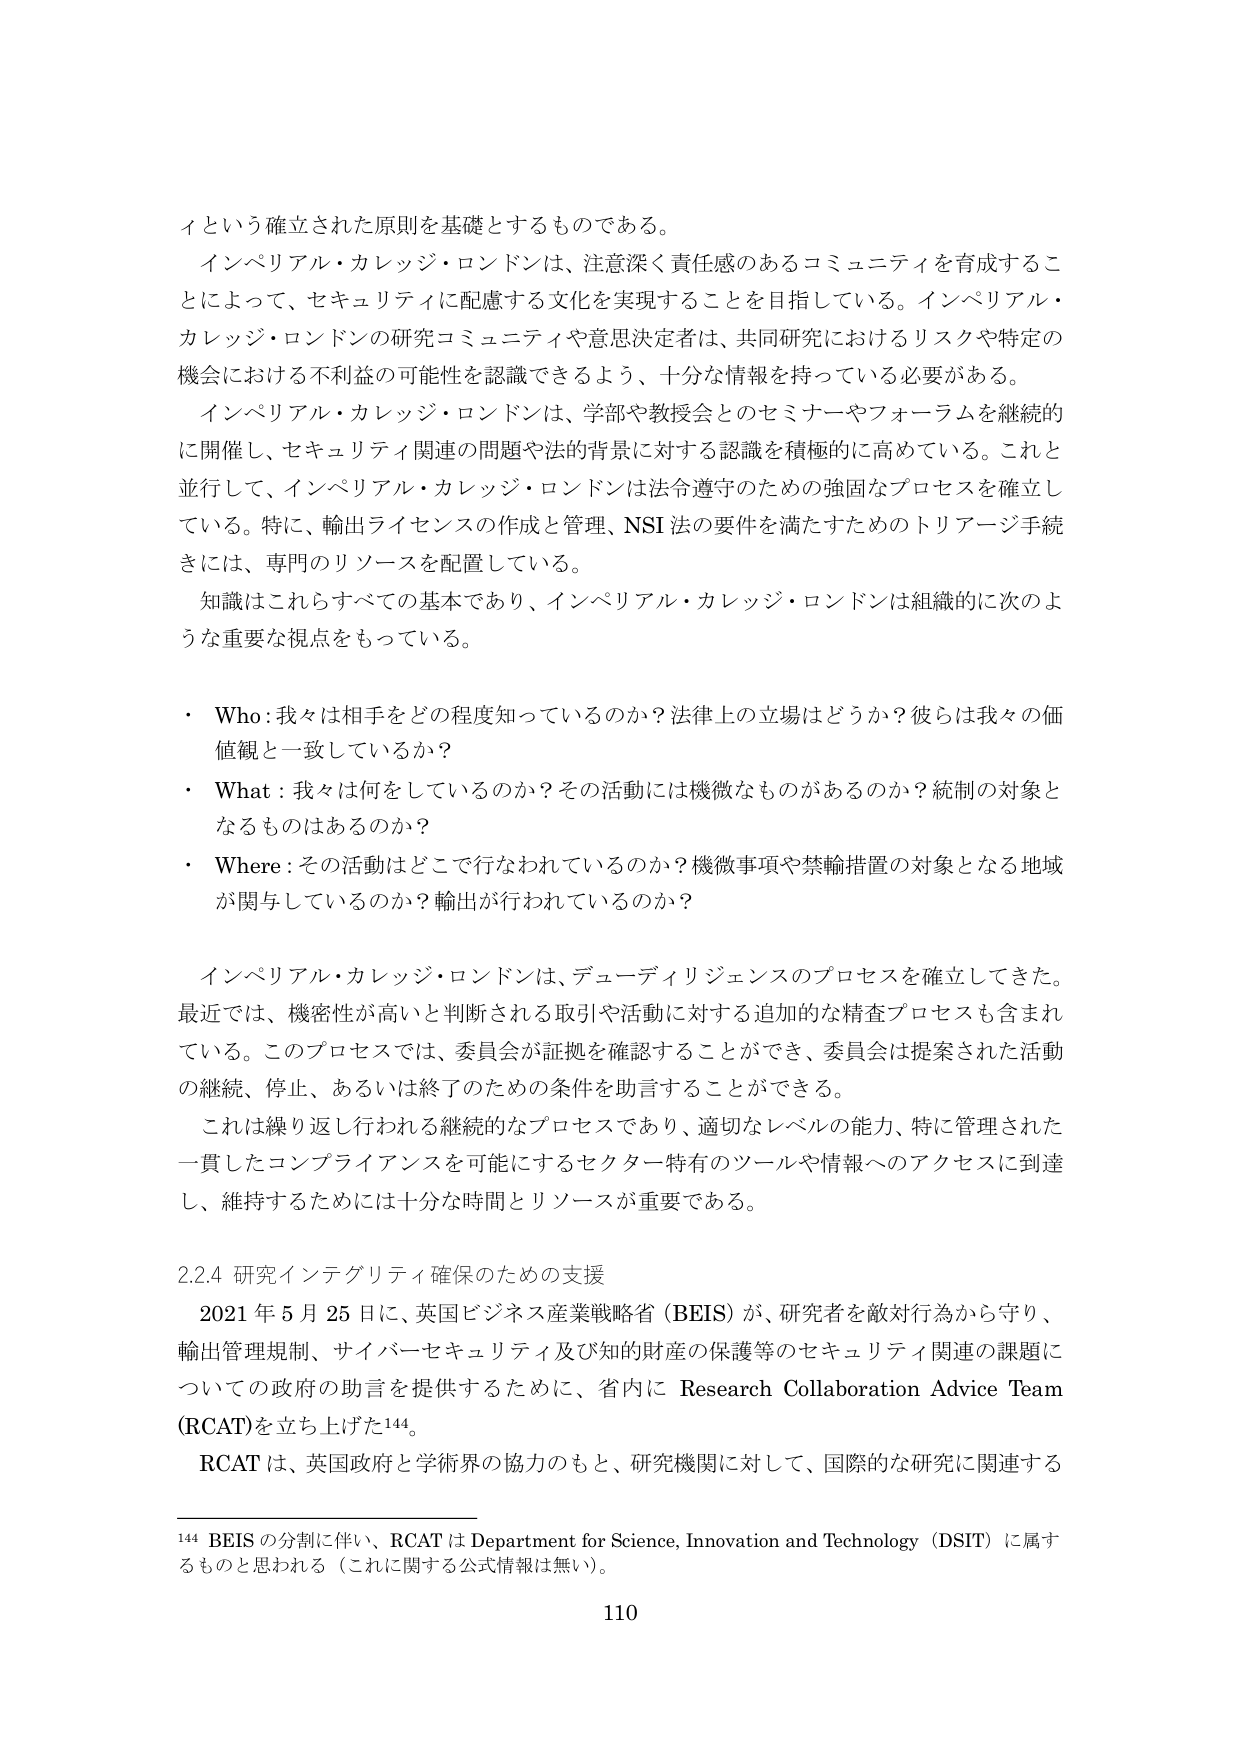
イという確立された原則を基礎とするものである。

インペリアル・カレッジ・ロンドンは、注意深く責任感のあるコミュニティを育成することによって、セキュリティに配慮する文化を実現することを目指している。インペリアル・カレッジ・ロンドンの研究コミュニティや意思決定者は、共同研究におけるリスクや特定の機会における不利益の可能性を認識できるよう、十分な情報を持っている必要がある。

インペリアル・カレッジ・ロンドンは、学部や教授会とのセミナーやフォーラムを継続的に開催し、セキュリティ関連の問題や法的背景に対する認識を積極的に高めている。これと並行して、インペリアル・カレッジ・ロンドンは法令遵守のための強固なプロセスを確立している。特に、輸出ライセンスの作成と管理、NSI 法の要件を満たすためのトリアージ手続きには、専門のリソースを配置している。

知識はこれらすべての基本であり、インペリアル・カレッジ・ロンドンは組織的に次のような重要な視点をもっている。

・ Who：我々は相手をどの程度知っているのか？法律上の立場はどうか？彼らは我々の価値観と一致しているか？

・ What：我々は何をしているのか？その活動には機微なものがあるのか？統制の対象となるものはあるのか？

・ Where：その活動はどこで行なわれているのか？機微事項や禁輸措置の対象となる地域が関与しているのか？輸出が行われているのか？

インペリアル・カレッジ・ロンドンは、デューディリジェンスのプロセスを確立してきた。最近では、機密性が高いと判断される取引や活動に対する追加的な精査プロセスも含まれている。このプロセスでは、委員会が証拠を確認することができ、委員会は提案された活動の継続、停止、あるいは終了のための条件を助言することができる。

これは繰り返し行われる継続的なプロセスであり、適切なレベルの能力、特に管理された一貫したコンプライアンスを可能にするセクター特有のツールや情報へのアクセスに到達し、維持するために十分な時間とリソースが重要である。

2.2.4 研究インテグリティ確保のための支援

2021 年 5 月 25 日に、英国ビジネス産業戦略省（BEIS）が、研究者を敵対行為から守り、輸出管理規制、サイバーセキュリティ及び知的財産の保護等のセキュリティ関連の課題についての政府の助言を提供するために、省内に Research Collaboration Advice Team (RCAT) を立ち上げた¹⁴⁴。

RCAT は、英国政府と学術界の協力のもと、研究機関に対して、国際的な研究に関連する

¹⁴⁴ BEIS の分割に伴い、RCAT は Department for Science, Innovation and Technology (DSIT) に属するものと思われる（これに関する公式情報は無い）。

110